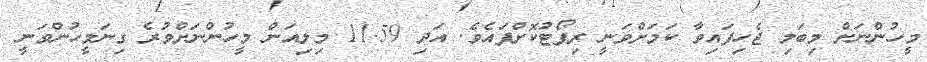
މީހުންނަށް މިބަލި ޖެހިފައިވާ ކަމަށްވަނީ ރިޕޯޓުކޮށްފައެވެ. އަދި 11.59 މިލިއަން މީހުންނަށްވުރެ ގިނަމީހުންވަނީ